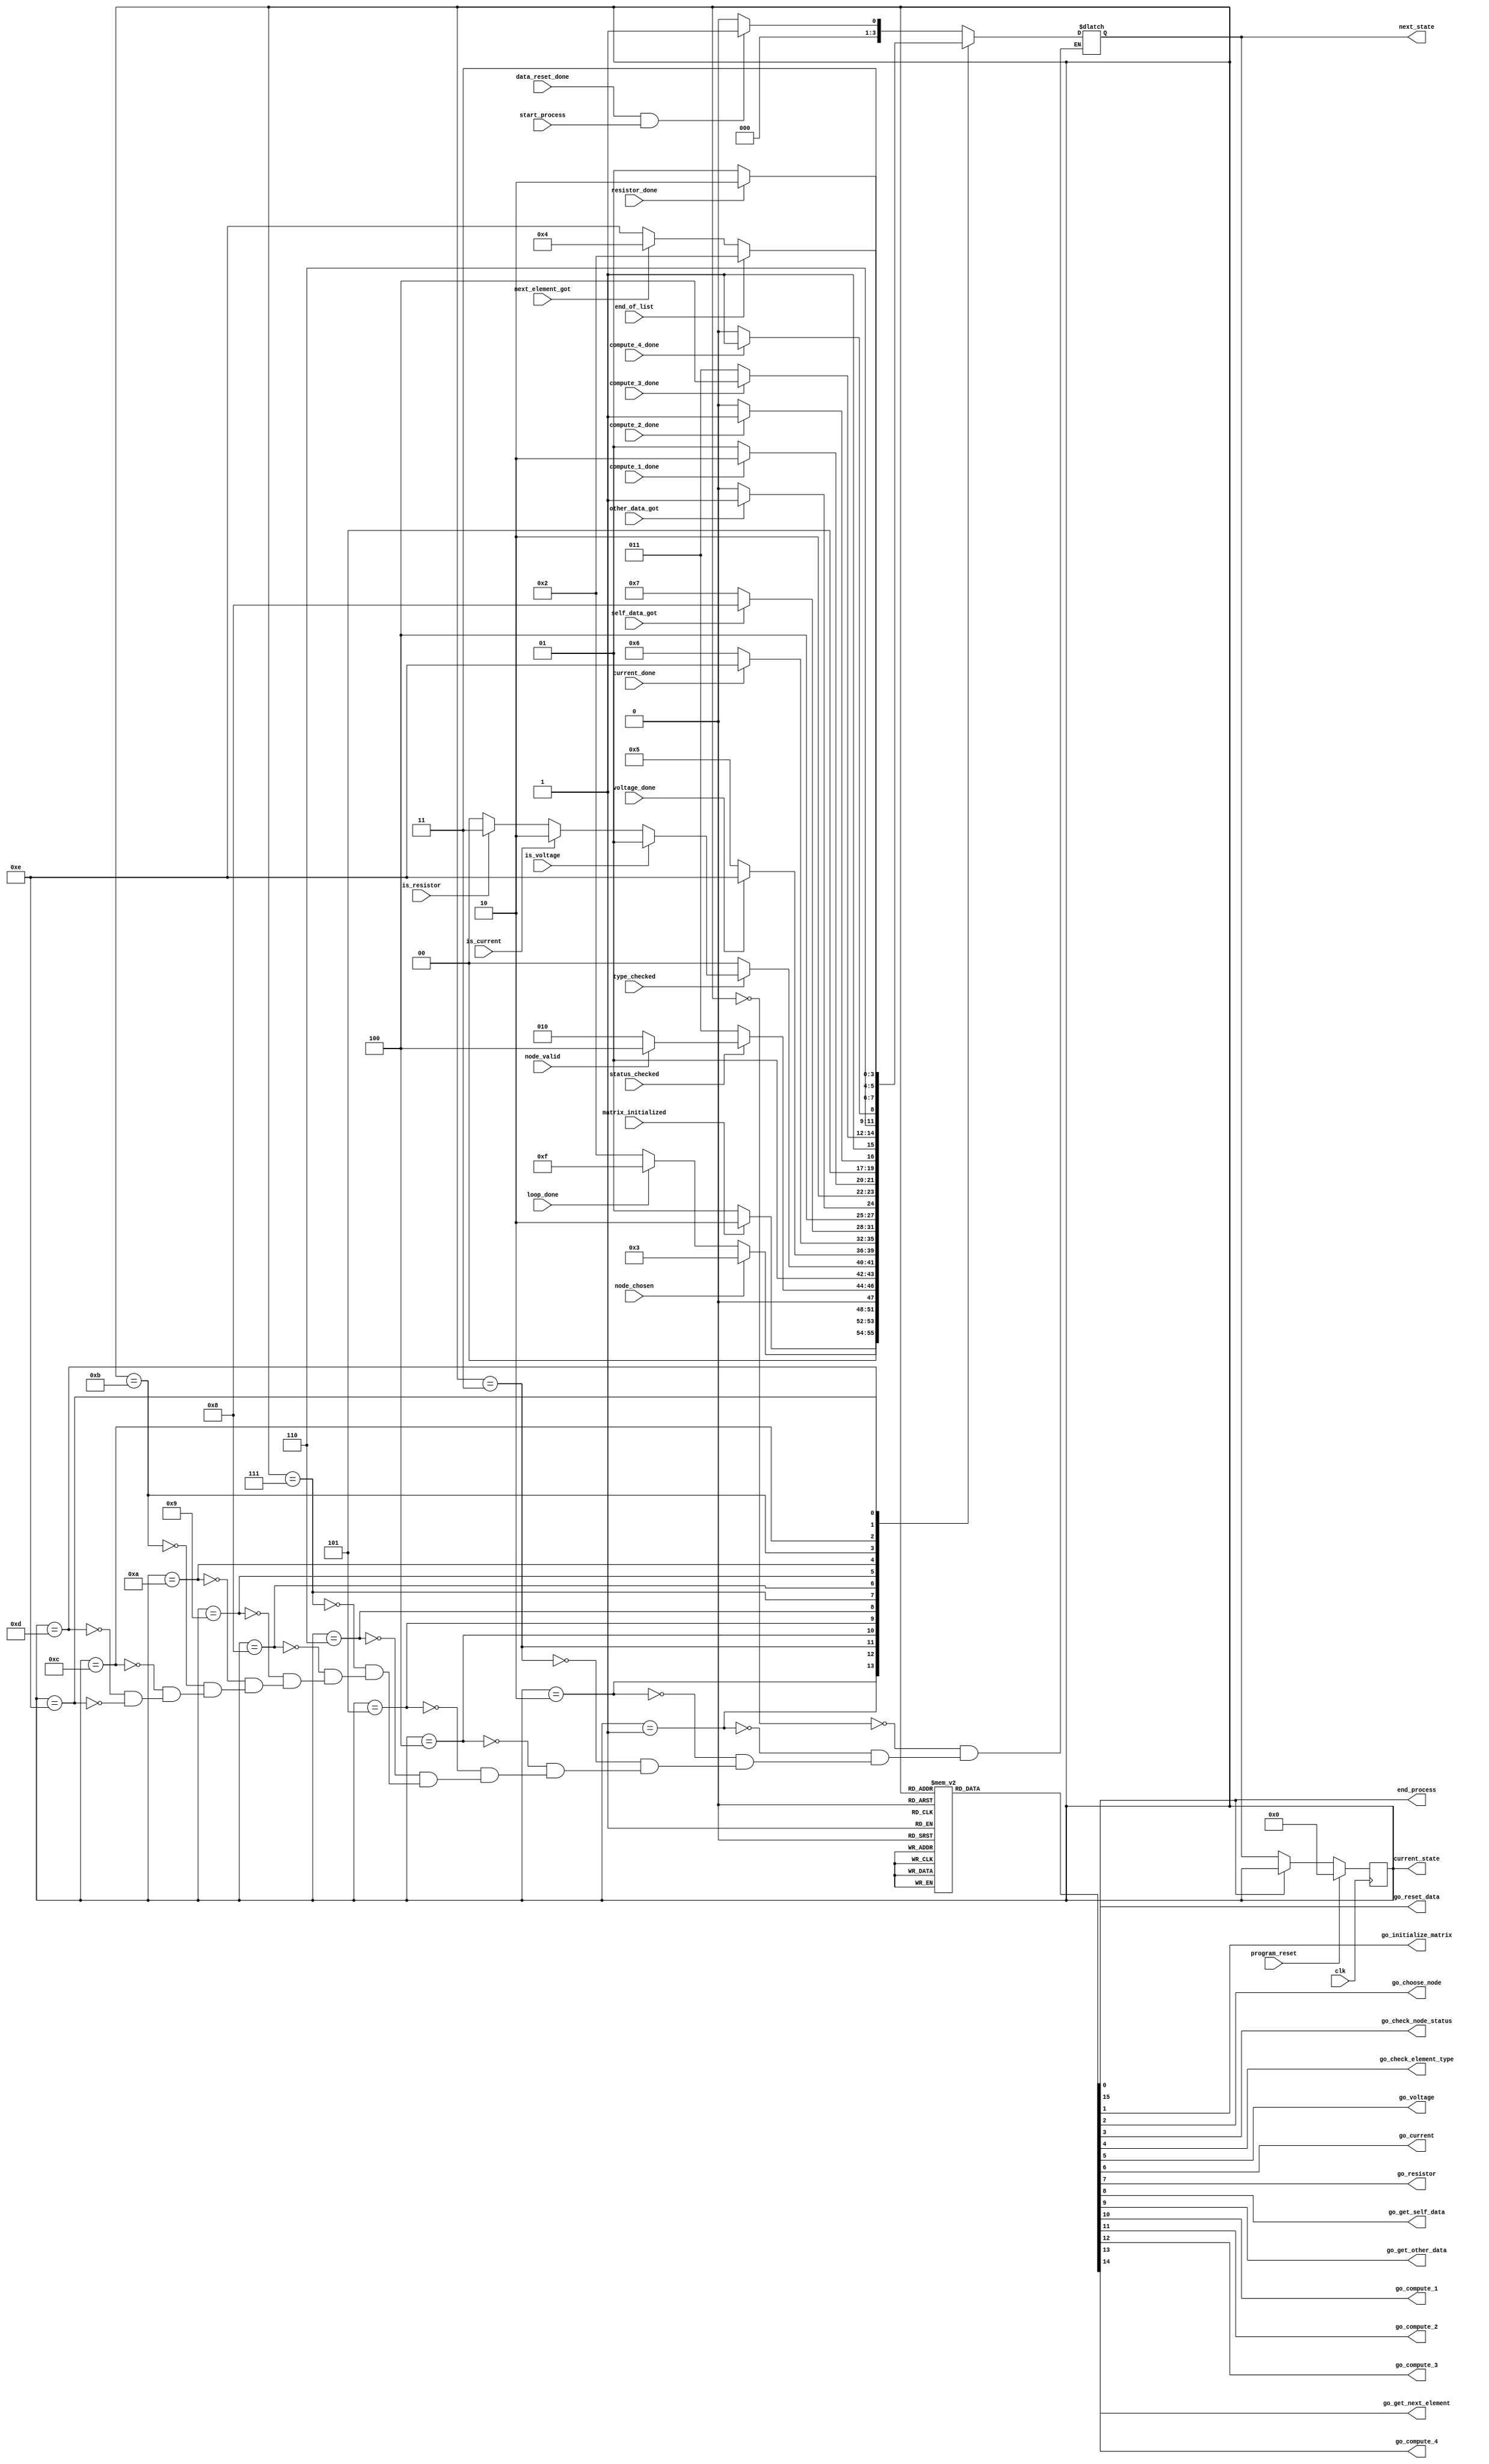
`timescale 1ns/1ns

module generateEquations_controller(
		input clk, program_reset,
		input start_process, 
		output reg end_process,
		
		// Input hanshakes
		input data_reset_done, matrix_initialized, loop_done, node_chosen, node_valid, status_checked, type_checked, self_data_got, other_data_got,
		input is_voltage, is_current, is_resistor, voltage_done, current_done, resistor_done,
		input compute_1_done, compute_2_done, compute_3_done, compute_4_done, next_element_got, end_of_list,
		
		// Output handshakes
		output reg go_reset_data, go_initialize_matrix, go_choose_node, go_check_node_status, go_check_element_type, go_voltage, go_current, go_resistor,
		output reg go_get_self_data, go_get_other_data, go_compute_1, go_compute_2, go_compute_3, go_compute_4, go_get_next_element,
		
		output reg [3:0] current_state, next_state
	);
	
	localparam PRE_GENERATE = 4'd0,
				  INITIALIZE_MATRIX = 4'd1,
				  CHOOSE_NODE = 4'd2,
				  CHECK_STATUS = 4'd3,
				  CHECK_TYPE = 4'd4,
				  VOLTAGE = 4'd5,
				  CURRENT = 4'd6,
				  GET_SELF = 4'd7,
				  GET_OTHER = 4'd8,
				  COMPUTE_1 = 4'd9,
				  COMPUTE_2 = 4'd10,
				  COMPUTE_3 = 4'd11,
				  COMPUTE_4 = 4'd12,
				  RESISTOR = 4'd13,
				  NEXT_ELEMENT = 4'd14,
				  DONE_GENERATE = 4'd15;
	
	always @(*) begin: state_table
		case (current_state)
			PRE_GENERATE:
				next_state = (data_reset_done & start_process) ? INITIALIZE_MATRIX : PRE_GENERATE;
				
			INITIALIZE_MATRIX:
				next_state = matrix_initialized ? CHOOSE_NODE : INITIALIZE_MATRIX;
			
			CHOOSE_NODE:
				next_state = node_chosen ? CHECK_STATUS : (loop_done ? DONE_GENERATE: CHOOSE_NODE);
				
			CHECK_STATUS:
				next_state = status_checked ? (node_valid ? CHECK_TYPE : CHOOSE_NODE) : CHECK_STATUS;
			
			CHECK_TYPE: begin
				if (type_checked) begin
					if (is_voltage)
						next_state = VOLTAGE;
					
					else if (is_current)
						next_state = CURRENT;
						
					else if (is_resistor)
						next_state = GET_SELF;
						
					else
						next_state = CHECK_TYPE;
				end
				else begin
					next_state = CHECK_TYPE;
				end
			end
			
			VOLTAGE:
				next_state = voltage_done ? NEXT_ELEMENT : VOLTAGE;
				
			CURRENT:
				next_state = current_done ? NEXT_ELEMENT : CURRENT;
				
			GET_SELF:
				next_state = self_data_got ? GET_OTHER : GET_SELF;
				
			GET_OTHER:
				next_state = other_data_got ? COMPUTE_1 : GET_OTHER;
				
			COMPUTE_1:
				next_state = compute_1_done ? COMPUTE_2 : COMPUTE_1;
				
			COMPUTE_2:
				next_state = compute_2_done ? COMPUTE_3 : COMPUTE_2;
				
			COMPUTE_3:
				next_state = compute_3_done ? COMPUTE_4 : COMPUTE_3;
				
			COMPUTE_4:
				next_state = compute_4_done ? RESISTOR : COMPUTE_4;
			
			RESISTOR:
				next_state = resistor_done ? NEXT_ELEMENT : RESISTOR;
				
			NEXT_ELEMENT:
				next_state = end_of_list ? CHOOSE_NODE : (next_element_got ? CHECK_TYPE : NEXT_ELEMENT);
				
		endcase
	end
	
	always @(*) begin: enable_signals
		go_reset_data = 0;
		go_initialize_matrix = 0;
		go_choose_node = 0;
		go_check_node_status = 0;
		go_check_element_type = 0;
		go_voltage = 0;
		go_current = 0;
		go_resistor = 0;
		
		go_get_self_data = 0;
		go_get_other_data = 0; 
		go_compute_1 = 0;
		go_compute_2 = 0;
		go_compute_3 = 0;
		go_compute_4 = 0;
		go_get_next_element = 0;
		
		end_process = 0;
		
		case (current_state)
			PRE_GENERATE: go_reset_data = 1;
			INITIALIZE_MATRIX: go_initialize_matrix = 1;
			CHOOSE_NODE: go_choose_node = 1;
			CHECK_STATUS: go_check_node_status = 1;
			CHECK_TYPE: go_check_element_type = 1;
			VOLTAGE: go_voltage = 1;
			CURRENT: go_current = 1;
			GET_SELF: go_get_self_data = 1;
			GET_OTHER: go_get_other_data = 1;
			COMPUTE_1: go_compute_1 = 1;
			COMPUTE_2: go_compute_2 = 1;
			COMPUTE_3: go_compute_3 = 1;
			COMPUTE_4: go_compute_4 = 1;
			RESISTOR: go_resistor = 1;
			NEXT_ELEMENT: go_get_next_element = 1;
			DONE_GENERATE: end_process = 1;
		endcase
	end
	
	
	always @(posedge clk) begin: state_FFs		
		if (program_reset) begin
			current_state <= PRE_GENERATE;
		end
		else if (!end_process) begin 			
			current_state <= next_state;		
		end
	end
	
	
endmodule